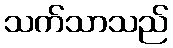
သက်သာသည်